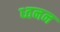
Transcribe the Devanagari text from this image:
ध्वनन